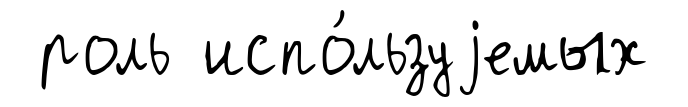
роль испо́льзуjемых